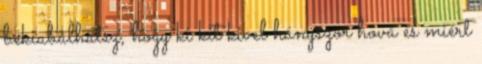
bekiabálhatsz, hogy ki kit kivel hányszor hová és miért